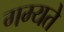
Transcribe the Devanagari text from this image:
गम्यते